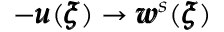
- { \pmb u } ( { \pmb \xi } ) \rightarrow { \pmb w } ^ { s } ( { \pmb \xi } )